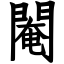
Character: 閹